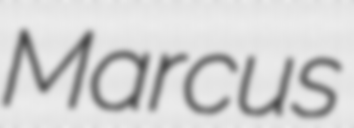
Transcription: Marcus